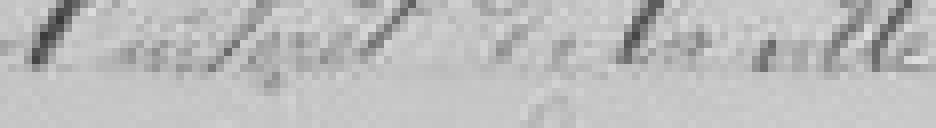
l'intérêt de la Ville.